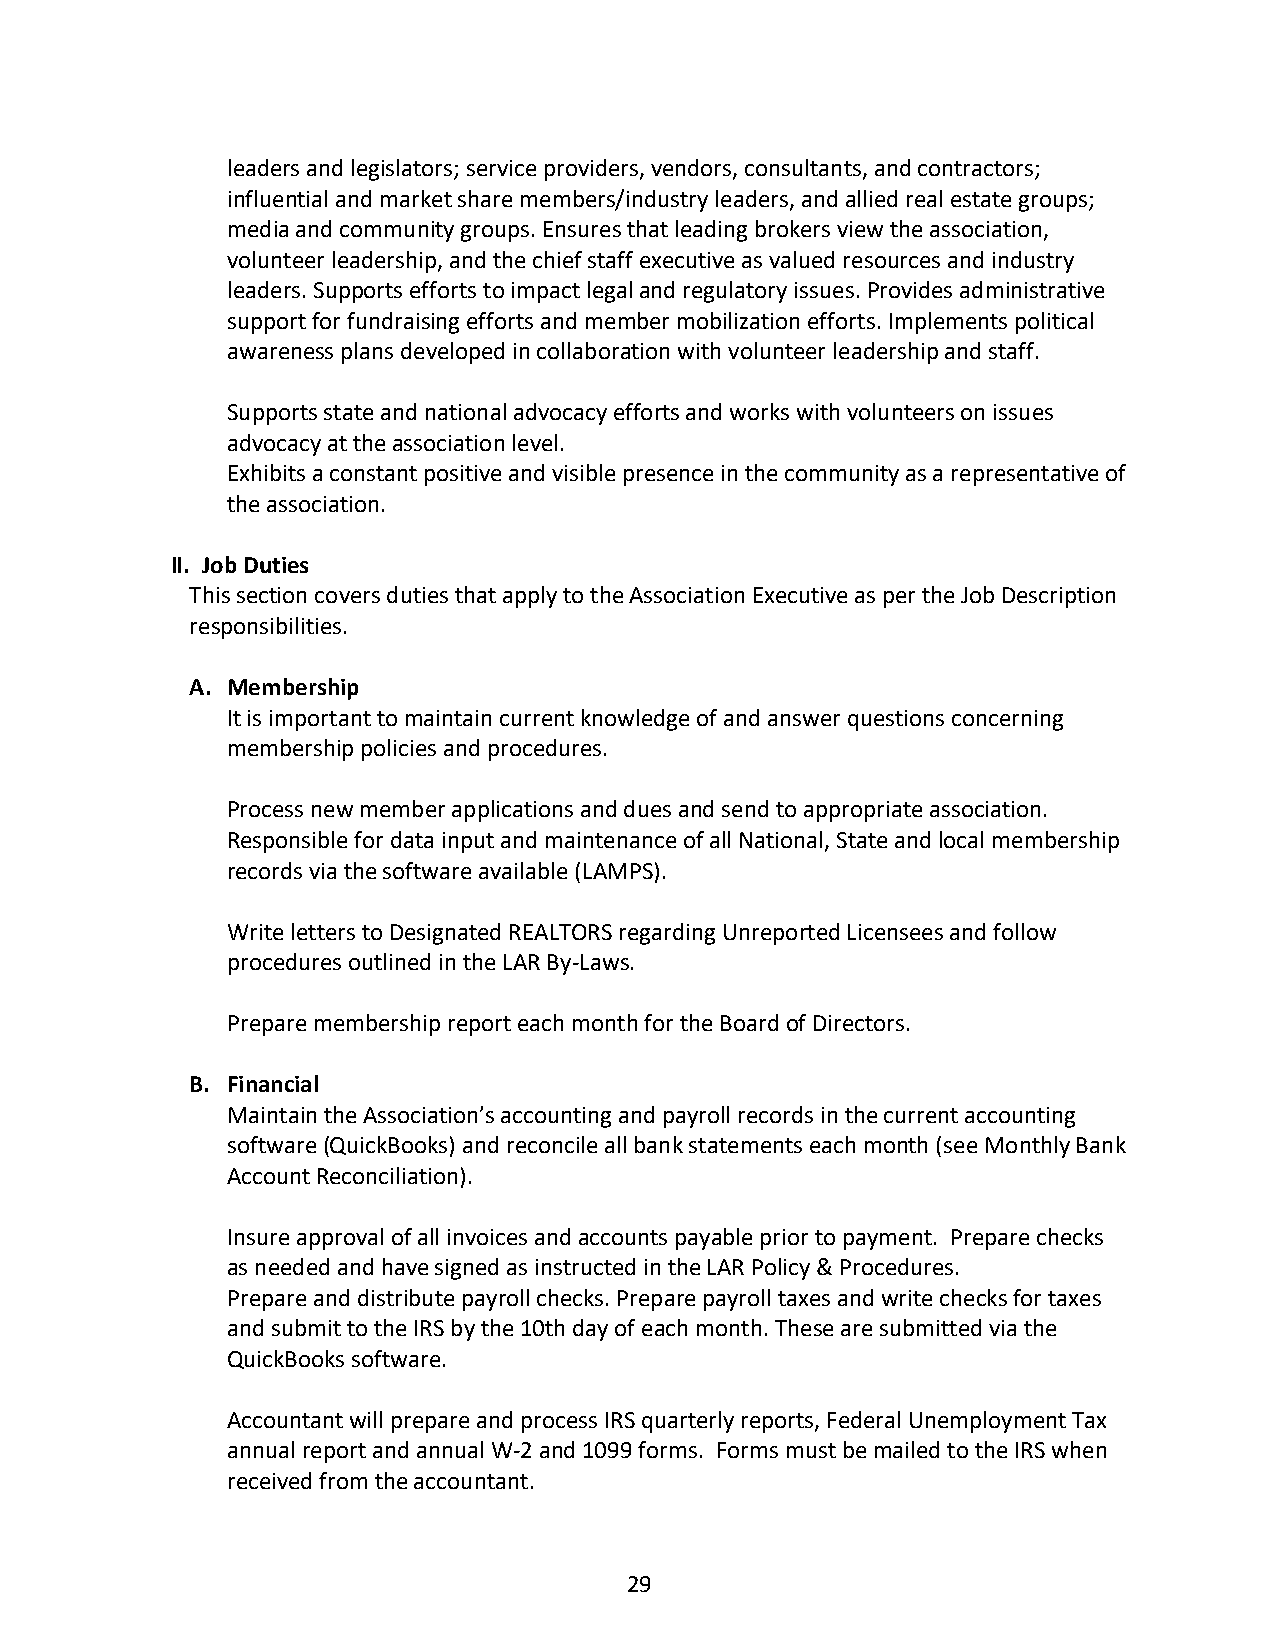
leaders and legislators; service providers, vendors, consultants, and contractors;
 influential and market share members/industry leaders, and allied real estate groups;
 media and community groups. Ensures that leading brokers view the association,
 volunteer leadership, and the chief staff executive as valued resources and industry
 leaders. Supports efforts to impact legal and regulatory issues. Provides administrative
 support for fundraising efforts and member mobilization efforts. Implements political
 awareness plans developed in collaboration with volunteer leadership and staff.
 Supports state and national advocacy efforts and works with volunteers on issues
 advocacy at the association level.
 Exhibits a constant positive and visible presence in the community as a representative of
 the association.
 II. Job Duties
 This section covers duties that apply to the Association Executive as per the Job Description
 responsibilities.
 A. Membership
 It is important to maintain current knowledge of and answer questions concerning
 membership policies and procedures.
 Process new member applications and dues and send to appropriate association.
 Responsible for data input and maintenance of all National, State and local membership
 records via the software available (LAMPS).
 Write letters to Designated REALTORS regarding Unreported Licensees and follow
 procedures outlined in the LAR By-Laws.
 Prepare membership report each month for the Board of Directors.
 B. Financial
 Maintain the Association’s accounting and payroll records in the current accounting
 software (QuickBooks) and reconcile all bank statements each month (see Monthly Bank
 Account Reconciliation).
 Insure approval of all invoices and accounts payable prior to payment. Prepare checks
 as needed and have signed as instructed in the LAR Policy & Procedures.
 Prepare and distribute payroll checks. Prepare payroll taxes and write checks for taxes
 and submit to the IRS by the 10th day of each month. These are submitted via the
 QuickBooks software.
 Accountant will prepare and process IRS quarterly reports, Federal Unemployment Tax
 annual report and annual W-2 and 1099 forms. Forms must be mailed to the IRS when
 received from the accountant.
 29